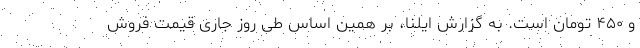
و ۴۵۰ تومان است. به گزارش ایلنا، بر همین‌ اساس طی روز جاری قیمت فروش